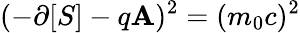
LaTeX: (-\mathbf{\partial}[S]-q\mathbf{A})^{2}=(m_{0}c)^{2}